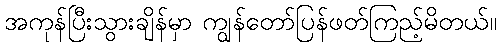
အကုန်ပြီးသွားချိန်မှာ ကျွန်တော်ပြန်ဖတ်ကြည့်မိတယ်။